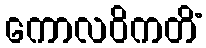
ကောလဝိကတိံ